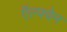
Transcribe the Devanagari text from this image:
ऍल्फ्वेन